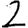
Digit: 2